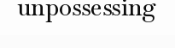
unpossessing